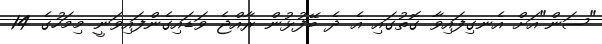
"ސަން"އަށް އެނގިފައިވާ ގޮތުގައި އެ ދެ ބޭފުޅުން ރާއްޖެ ވަޑައިގެންފައިވަނީ މިމަހުގެ 14